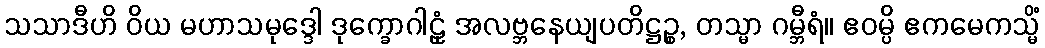
သသာဒီဟိ ဝိယ မဟာသမုဒ္ဒေါ ဒုက္ခောဂါဠှံ အလဗ္ဘနေယျပတိဋ္ဌဉ္စ, တသ္မာ ဂမ္ဘီရံ။ ဧဝမ္ပိ ဧကမေကသ္မိံ